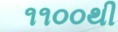
૧૧૦૦થી